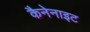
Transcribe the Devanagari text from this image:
कैनेनाइट